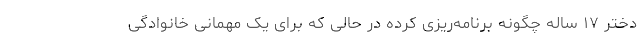
دختر ۱۷ ساله چگونه برنامه‌ریزی کرده در حالی که برای یک مهمانی خانوادگی